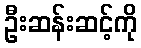
ဦးဆန်းဆင့်ကို